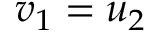
\ v _ { 1 } = u _ { 2 }